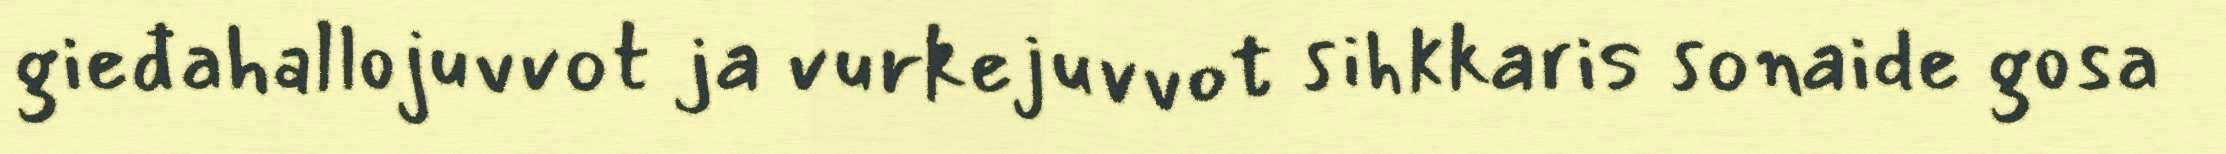
gieđahallojuvvot ja vurkejuvvot sihkkaris sonaide gosa